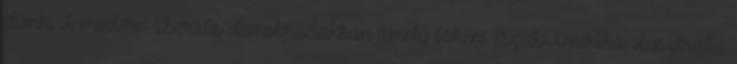
élünk. A modern liberális demokráciákban amely főként Észak-Amerika, Ausztrália